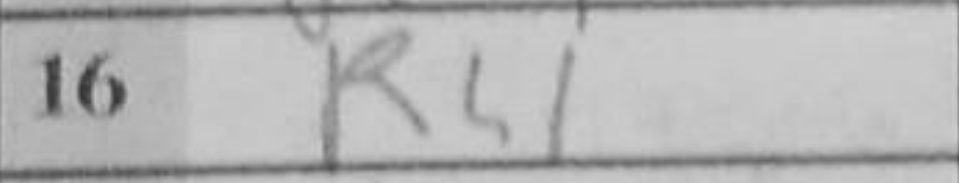
Transcription: Rh1